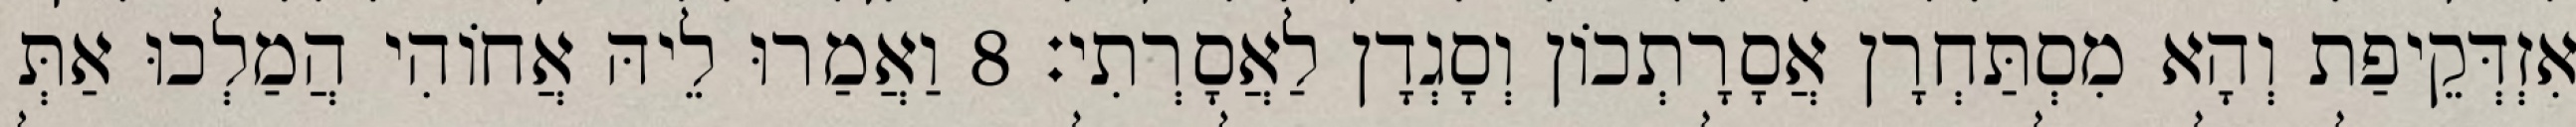
אִזְדְּקֵיפַת וְהָא מִסְתַּחְרָן אֲסָרָתְכוֹן וְסָגְדָן לַאֲסָרְתִי׃ 8 וַאֲמַרוּ לֵיהּ אֲחוֹהִי הֲמַלְכוּ אַתְּ